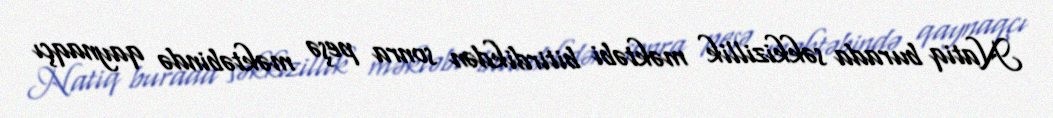
Natiq burada səkkizillik məktəbi bitirdikdən sonra peşə məktəbində qaynaqçı